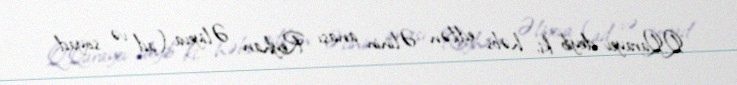
Q.Qarayev deyib ki, həbs edilən Əlinin anası Reyhan Əliyeva (ad və soyad